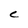
Character: C